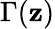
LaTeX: \Gamma(\mathbf{z})